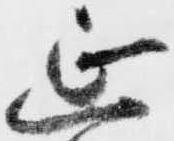
延